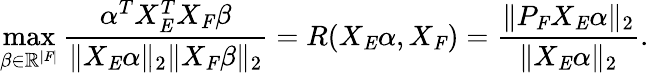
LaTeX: \operatorname*{max}_{\beta\in\mathbb{R}^{|\mathit{F}|}}\frac{\alpha^{T}X_{\mathit{E}}^{T}X_{\mathit{F}}\beta}{\| X_{\mathit{E}}\alpha\| _{2}\| X_{\mathit{F}}\beta\| _{2}}=R(X_{\mathit{E}}\alpha,X_{\mathit{F}})=\frac{\| P_{\mathit{F}}X_{\mathit{E}}\alpha\| _{2}}{\| X_{\mathit{E}}\alpha\| _{2}}.